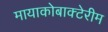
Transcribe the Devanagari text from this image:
मायाकोबाक्टेरीम